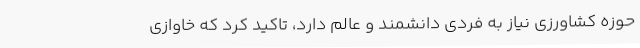
حوزه کشاورزی نیاز به فردی دانشمند و عالم دارد، تاکید کرد که خاوازی